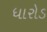
ધારોડ